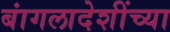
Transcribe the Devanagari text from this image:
बांगलादेशींच्या